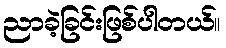
ညာခဲ့ခြင်းဖြစ်ပါတယ်။